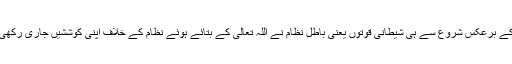
اس کے برعکس شروع سے ہی شیطانی قوتوں یعنی باطل نظام نے اللہ تعالیٰ کے بتائے ہوئے نظام کے خلاف اپنی کوششیں جاری رکھی ہیں۔